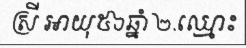
ស្រី អាយុ៥៦ឆ្នាំ ២.ឈ្មោះ